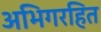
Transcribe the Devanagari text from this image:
अभिगरहित